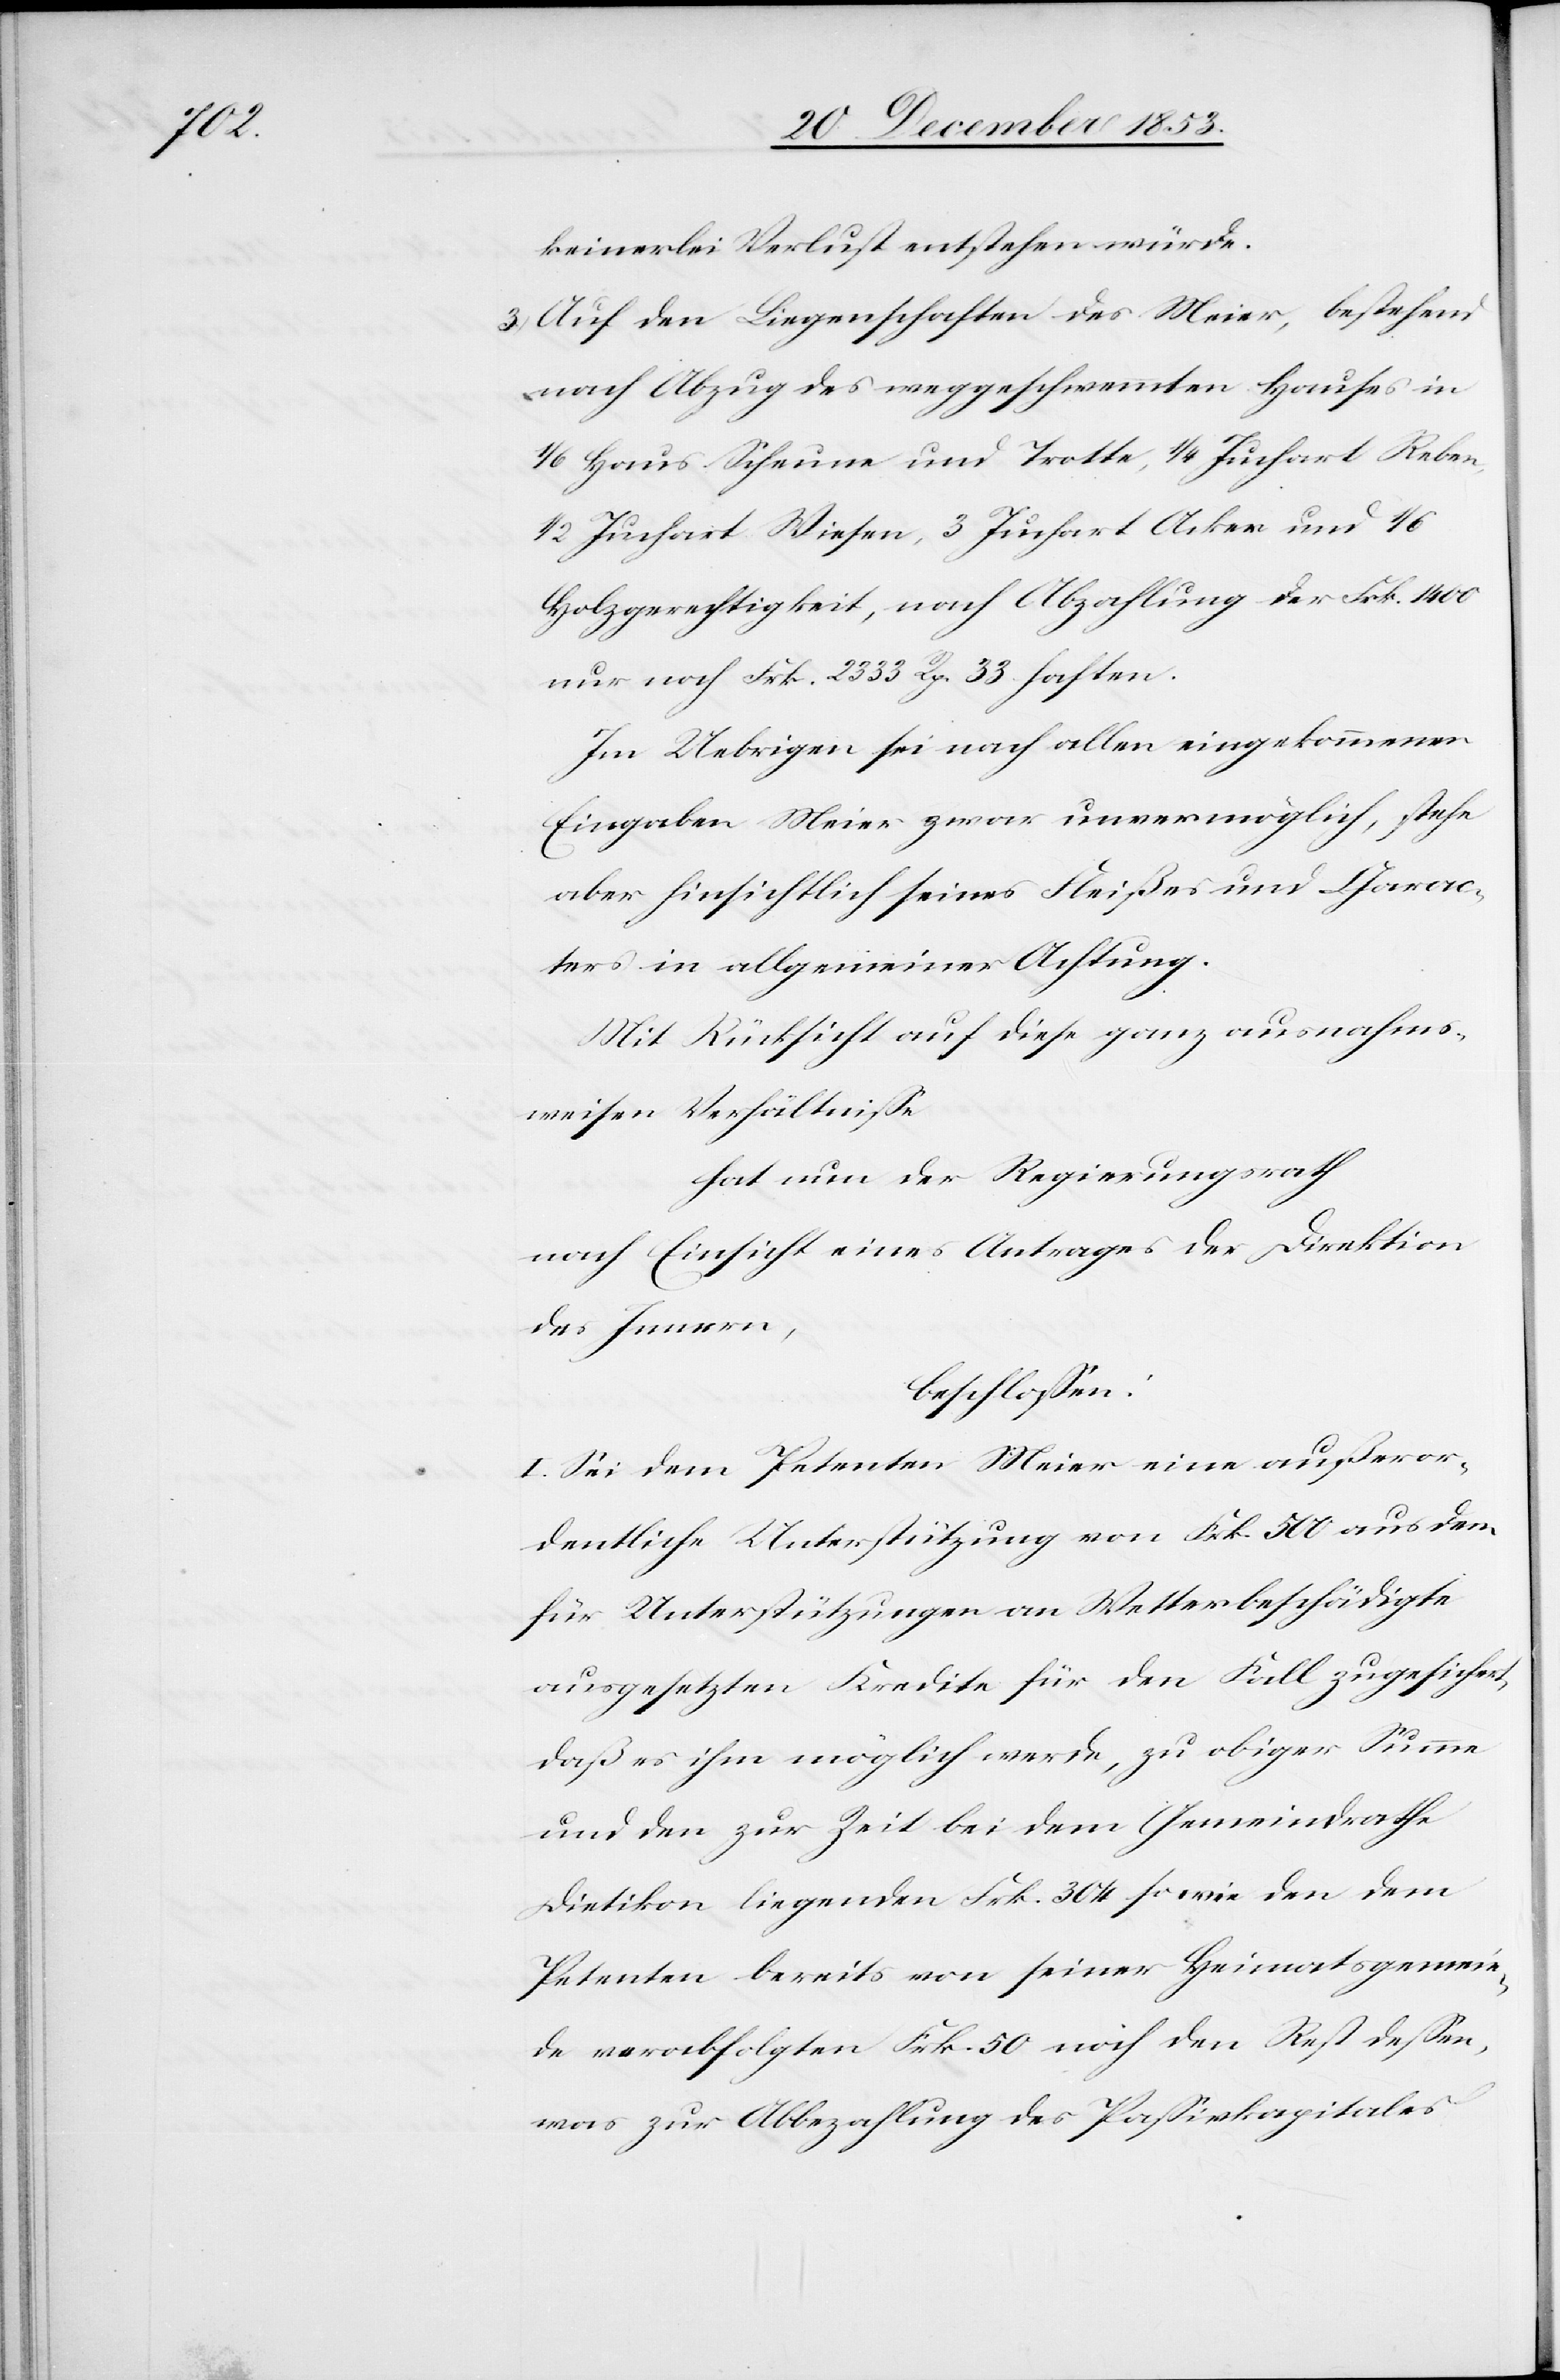
keinerlei Verlust entstehen würde.
3.) Auf den Liegenschaften des Meier, bestehend
nach Abzug des weggeschwemmten Hauses in
1/6 Haus Scheune und Trotte, 1/4 Juchart Reben,
1/2 Juchart Wiesen, 3 Juchart Acker und 1/6
Holzgerechtigkeit, nach Abzahlung der Frk. 1400
nur noch Frk. 2333 Rp. 33 haften.
Im Uebrigen sei nach allen eingekommenen
Eingaben Meier zwar unvermöglich, stehe
aber hinsichtlich seines Fleißes und Charak¬
ters in allgemeiner Achtung.
Mit Rücksicht auf diese ganz ausnahms¬
weisen Verhältniße
hat nun der Regierungsrath
nach Einsicht eines Antrages der Direktion
des Innern,
beschloßen:
I. Sei dem Petenten eine außeror¬
dentliche Unterstützung von Frk. 500 aus dem
für Unterstützungen an Wetterbeschädigte
ausgesetzten Kredite für den Fall zugesichert,
daß es ihm möglich werde, zu obiger Summe
und den zur Zeit bei dem Gemeindrathe
Dietikon liegenden Frk. 304 sowie den dem
Petenten bereits von seiner Heimatsgemein¬
de verabfolgten Frk. 50 noch den Rest deßen,
was zur Abbezahlung des Paßivkapitales